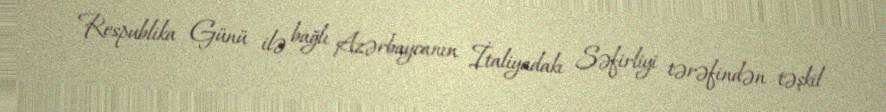
Respublika Günü ilə bağlı Azərbaycanın İtaliyadakı Səfirliyi tərəfindən təşkil